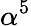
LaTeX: \alpha^{5}